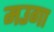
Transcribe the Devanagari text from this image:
मउगा